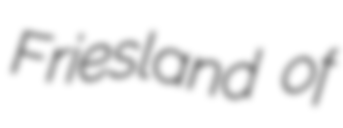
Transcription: Friesland of